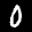
Label: 0